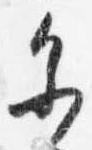
参